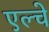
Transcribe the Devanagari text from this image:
एल्चे